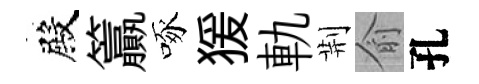
殿籯啄猨軌荆俞孔